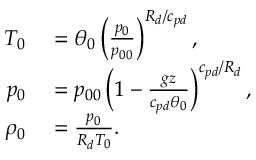
\begin{array} { r l } { T _ { 0 } } & { { } = \theta _ { 0 } \left( \frac { p _ { 0 } } { p _ { 0 0 } } \right) ^ { R _ { d } / c _ { p d } } , } \\ { p _ { 0 } } & { { } = p _ { 0 0 } \left( 1 - \frac { g z } { c _ { p d } \theta _ { 0 } } \right) ^ { c _ { p d } / R _ { d } } , } \\ { \rho _ { 0 } } & { { } = \frac { p _ { 0 } } { R _ { d } T _ { 0 } } . } \end{array}